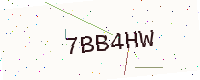
Text: 7BB4HW